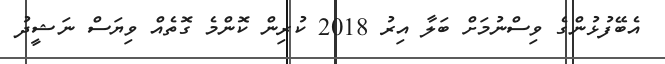
އެބޭފުޅުންގެ ވިސްނުމަށް ބަލާ އިރު 2018 ކުރިން ކޮންމެ ގޮތެއް ވިޔަސް ނަޝީދު